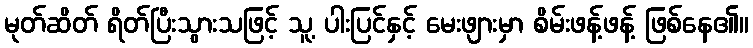
မုတ်ဆိတ် ရိတ်ပြီးသွားသဖြင့် သူ့ ပါးပြင်နှင့် မေးဖျားမှာ စိမ်းဖန့်ဖန့် ဖြစ်နေ၏။